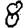
Digit: 8